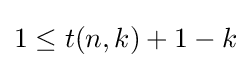
1\leq t(n,k)+1-k